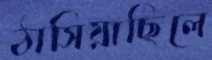
ঠাসিয়াছিলে